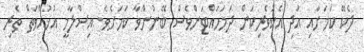
ދެކޭ ކަމަށާއި އަދި އެކުވެރިކަން ދަމަހައްޓަންވެސް ބޭނުންވާ ކަމަށެވެ. އިސްލާމީ އުޚުއްވަތް ތެރި